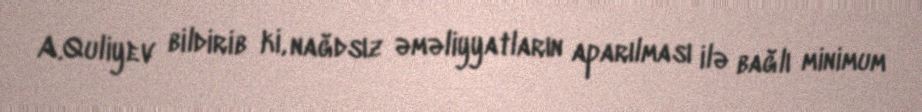
A.Quliyev bildirib ki, nağdsız əməliyyatların aparılması ilə bağlı minimum